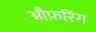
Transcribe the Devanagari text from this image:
औफ़रिंग